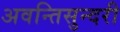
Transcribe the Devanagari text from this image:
अवन्तिसुन्दरी